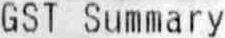
GST SUMMARY